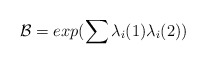
\begin{align*}{\cal B}= exp(\sum {\lambda}_{i}(1){\lambda}_{i}(2))\end{align*}